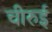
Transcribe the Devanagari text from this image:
चीरुई